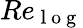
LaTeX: Re_{\mathrm{~l~o~g~}}